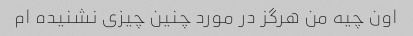
اون چیه من هرگز در مورد چنین چیزی نشنیده ام